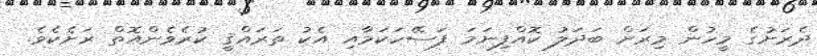
ދެރަށުގެ މީހުން މިރަށް ބަދަލު ކޮއްފިނަމަ ފަސޭހަކަމާއި އެކު ތަރައްޤީ ކުރެވެންއޮތް ރަށެކެވެ.